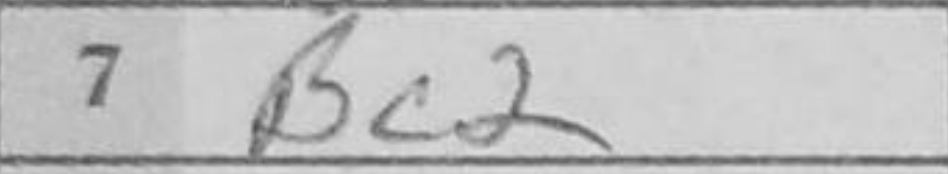
Transcription: Bc2